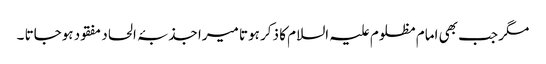
مگر جب بھی امام مظلوم علیہ السلام کا ذکر ہوتا میرا جذبۂ الحاد مفقود ہوجاتا ۔